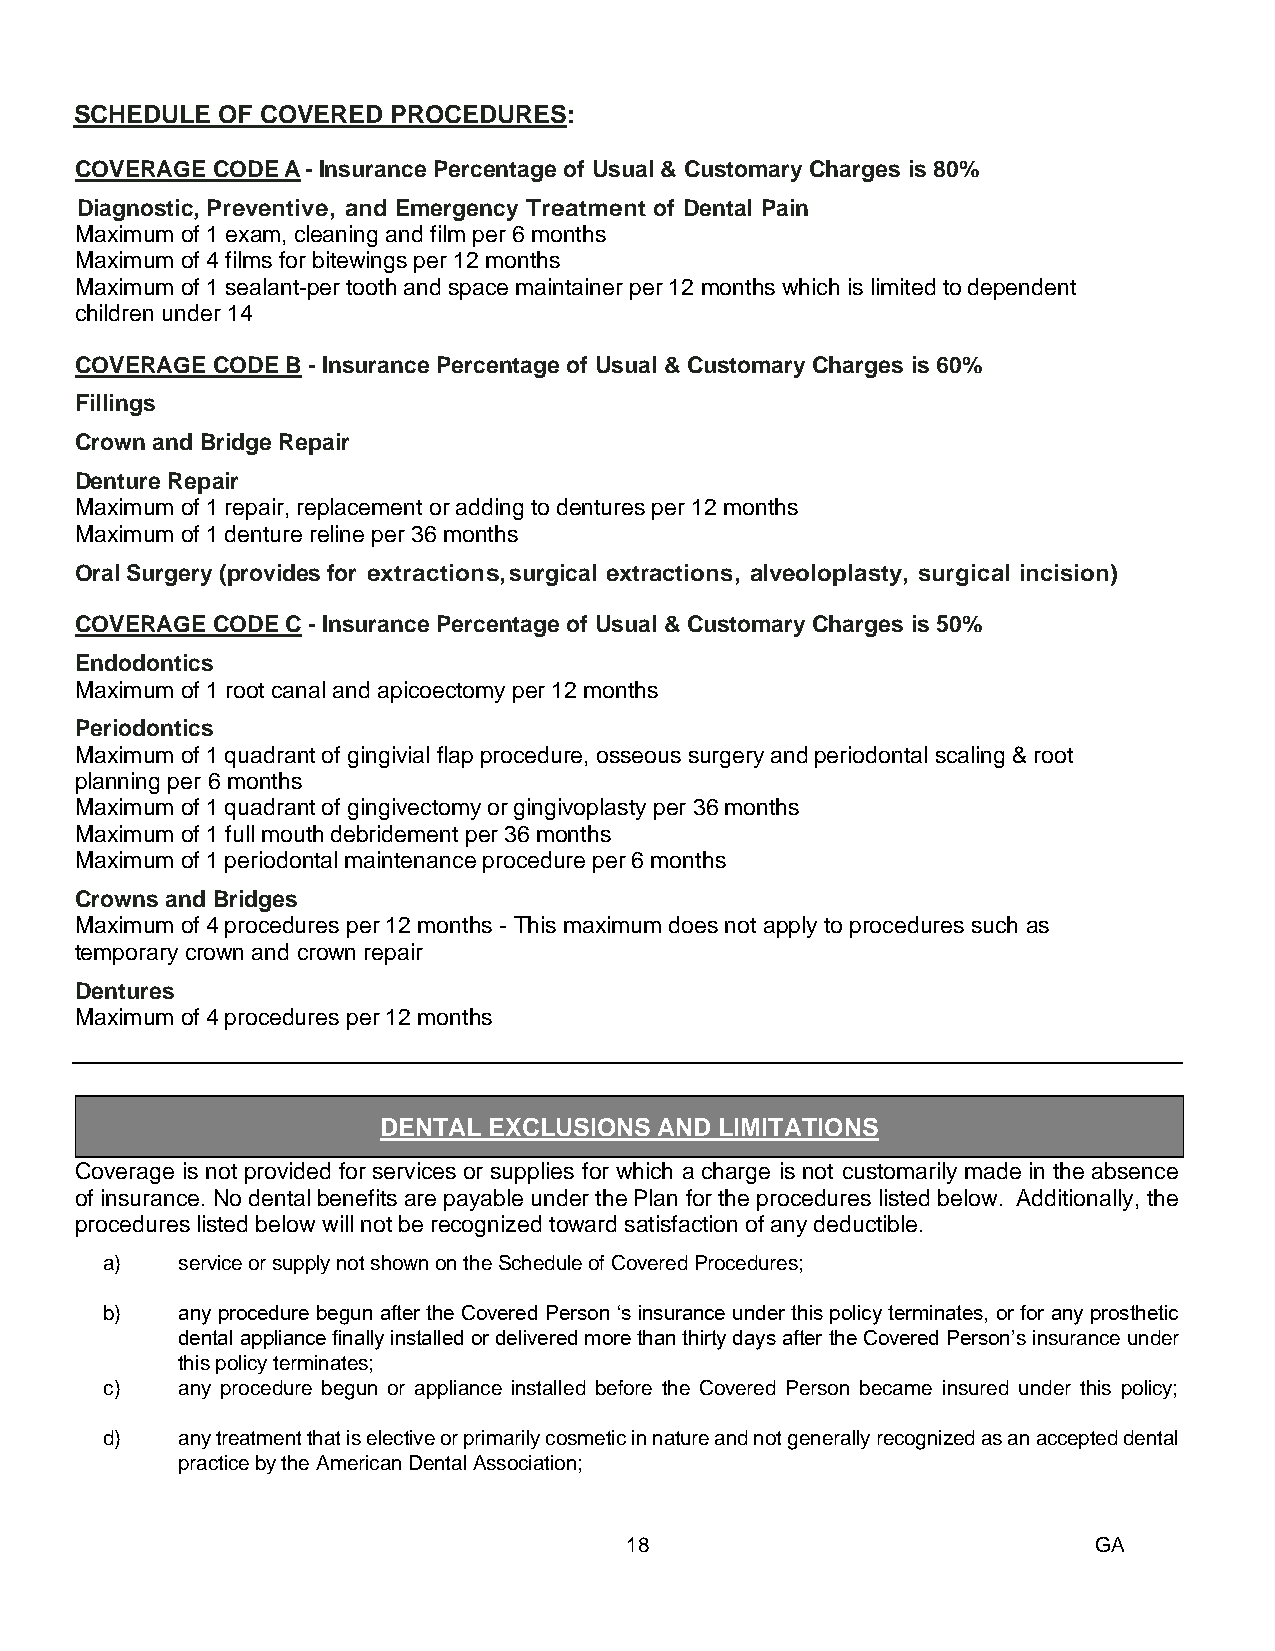
SCHEDULE OF COVERED  PROCEDURES:
 COVERAGE CODE A - Insurance Percentage of Usual & Customary Charges is 80%
 Diagnostic, Preventive, and Emergency Treatment of Dental Pain
 Maximum of 1 exam, cleaning and film per 6 months
 Maximum of 4 films for bitewings per 12 months
 Maximum of 1 sealant-per tooth and space maintainer per 12 months which is limited to dependent
 children under 14
 COVERAGE CODE B - Insurance Percentage of Usual & Customary Charges is 60%
 Fillings
 Crown and Bridge Repair
 Denture Repair
 Maximum of 1 repair, replacement or adding to dentures per 12 months
 Maximum of 1 denture reline per 36 months
 Oral Surgery (provides for extractions, surgical extractions, alveoloplasty, surgical incision)
 COVERAGE CODE C - Insurance Percentage of Usual & Customary Charges is 50%
 Endodontics
 Maximum of 1 root canal and apicoectomy per 12 months
 Periodontics
 Maximum of 1 quadrant of gingivial flap procedure, osseous surgery and periodontal scaling & root
 planning per 6 months
 Maximum of 1 quadrant of gingivectomy or gingivoplasty per 36 months
 Maximum of 1 full mouth debridement per 36 months
 Maximum of 1 periodontal maintenance procedure per 6 months
 Crowns and Bridges
 Maximum of 4 procedures per 12 months - This maximum does not apply to procedures such as
 temporary crown and crown repair
 Dentures
 Maximum of 4 procedures per 12 months
 DENTAL EXCLUSIONS  AND LIMITATIONS
 18B
 Coverage is not provided for services or supplies for which a charge is not customarily made in the absence
 of insurance. No dental benefits are payable under the Plan for the procedures listed below. Additionally, the
 procedures listed below will not be recognized toward satisfaction of any deductible.
 a)   service or supply not shown on the Schedule of Covered Procedures;
 b)   any procedure begun after the Covered Person ‘s insurance under this policy terminates, or for any prosthetic
 dental appliance finally installed or delivered more than thirty days after the Covered Person’s insurance under
 this policy terminates;
 c)   any procedure begun or appliance installed before the Covered Person became insured under this policy;
 d)   any treatment that is elective or primarily cosmetic in nature and not generally recognized as an accepted dental
 practice by the American Dental Association;
 18                              GA